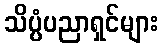
သိပ္ပံပညာရှင်များ